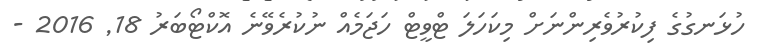
ހުޅަނގުގެ ފިކުރުވެރިންނަށް މިކަހަލަ ޓްވީޓް ހަޖަމެއް ނުކުރެވޭނެ އޮކްޓޯބަރު 18